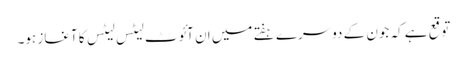
توقع ہے کہ جون کے دوسرے ہفتے میں ان آئوٹ لیٹس لیٹس کا آغاز ہو۔